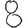
Digit: 8